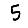
Digit: 5